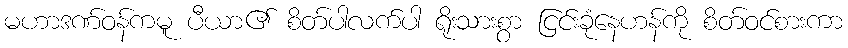
မဟာဒဏ်ဝန်ကမူ ပီယာ၏ စိတ်ပါလက်ပါ ရိုးသားစွာ ငြင်းခုံနေဟန်ကို စိတ်ဝင်စားကာ